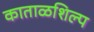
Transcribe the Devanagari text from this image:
काताळशिल्प